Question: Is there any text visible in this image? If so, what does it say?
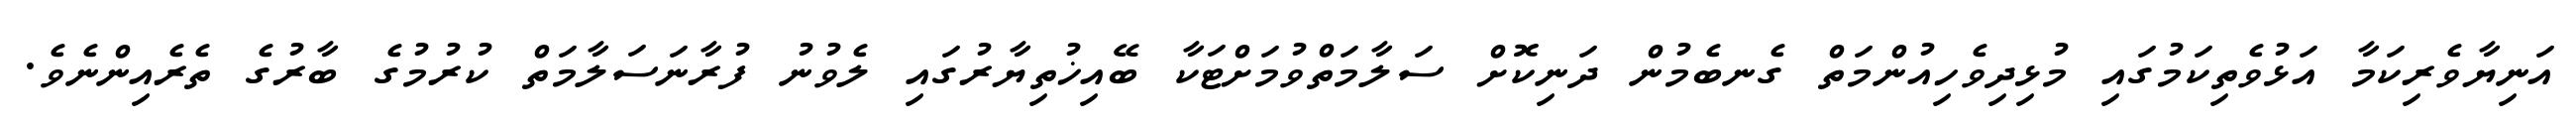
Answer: އަނިޔާވެރިކަމާ އަޅުވެތިކަމުގައި މުޅިދިވެހިއުންމަތް ގެނބެމުން ދަނިކޮށް ސަލާމަތްވުމަށްޓަކާ ބޭއިޚުތިޔާރުގައި ލެވުނު ފުރާނަސަލާމަތް ކުރުމުގެ ބާރުގެ ތެރެއިންނެވެ.